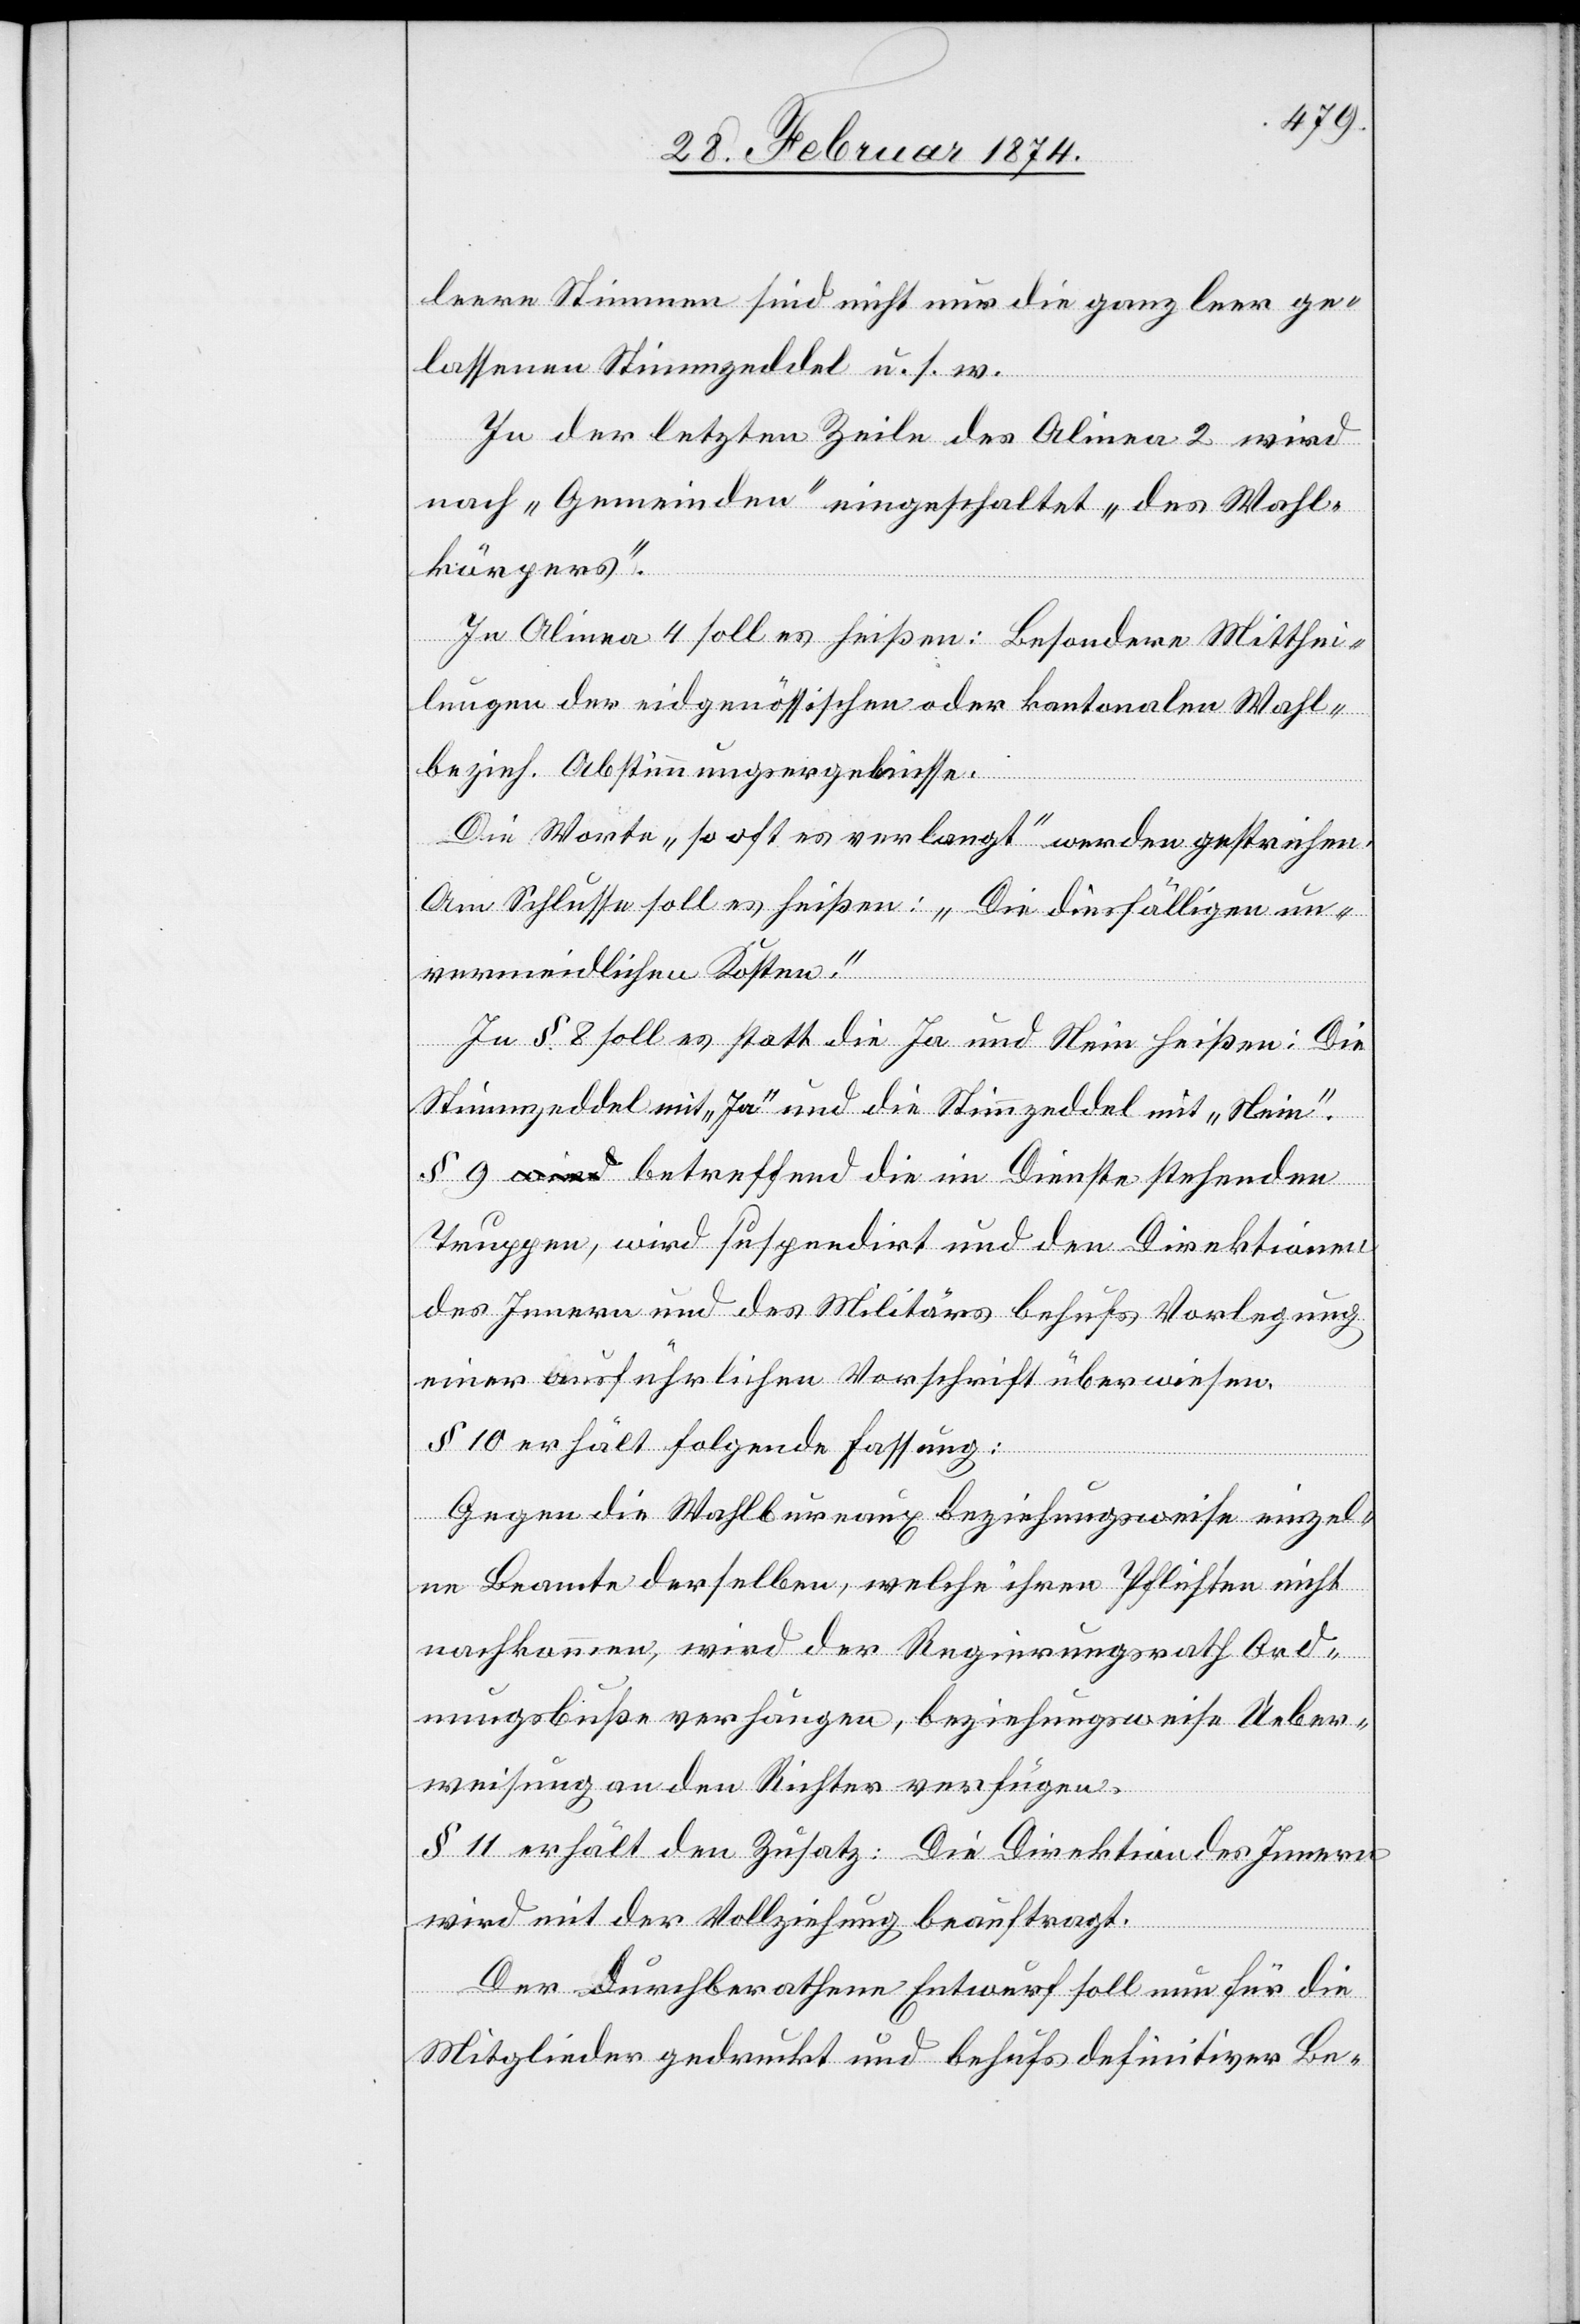
leere Stimme sind nicht nur die ganz leer ge¬
lassenen Stimmzeddel u. s. w.“
In der letzten Zeile des Alinea 2 wird
nach „Gemeinden“ eingeschaltet „des Wahl¬
körpers.“
In Alinea 4 soll es heißen: Besondere Mitthei¬
lungen der eidgenössischen oder kantonalen Wahl-
bezieh. Abstimmungsergebnisse.
Die Worte „so oft es verlangt“ werden gestrichen.
Am Schlusse soll es heißen: „Die diesfälligen un¬
vermeidlichen Kosten.“
In § 8 soll es statt die Ja und Nein heißen: Die
Stimmzeddel mit „Ja“ und die Stimmzeddel mit „Nein“.
§ 9. Betreffend die im Dienste stehenden
Truppen, wird suspendirt und den Direktionen
des Innern und des Militärs behufs Vorlegung
einer ausführlichen Vorschrift überwiesen.
§ 10 erhält folgende Fassung:
Gegen die Wahlbureaux beziehungsweise einzel¬
ne Beamte derselben, welche ihren Pflichten nicht
nachkommen, wird der Regierungsrath Ord¬
nungsbuße verhängen, beziehungsweise „Ueber¬
weisung an den Richter verfügen.“
§ 11 erhält den Zusatz: Die Direktion des Innern
wird mit der Vollziehung beauftragt.
Der durchberathene Entwurf soll nun für die
Mitglieder gedruckt und behufs definitiver Be-